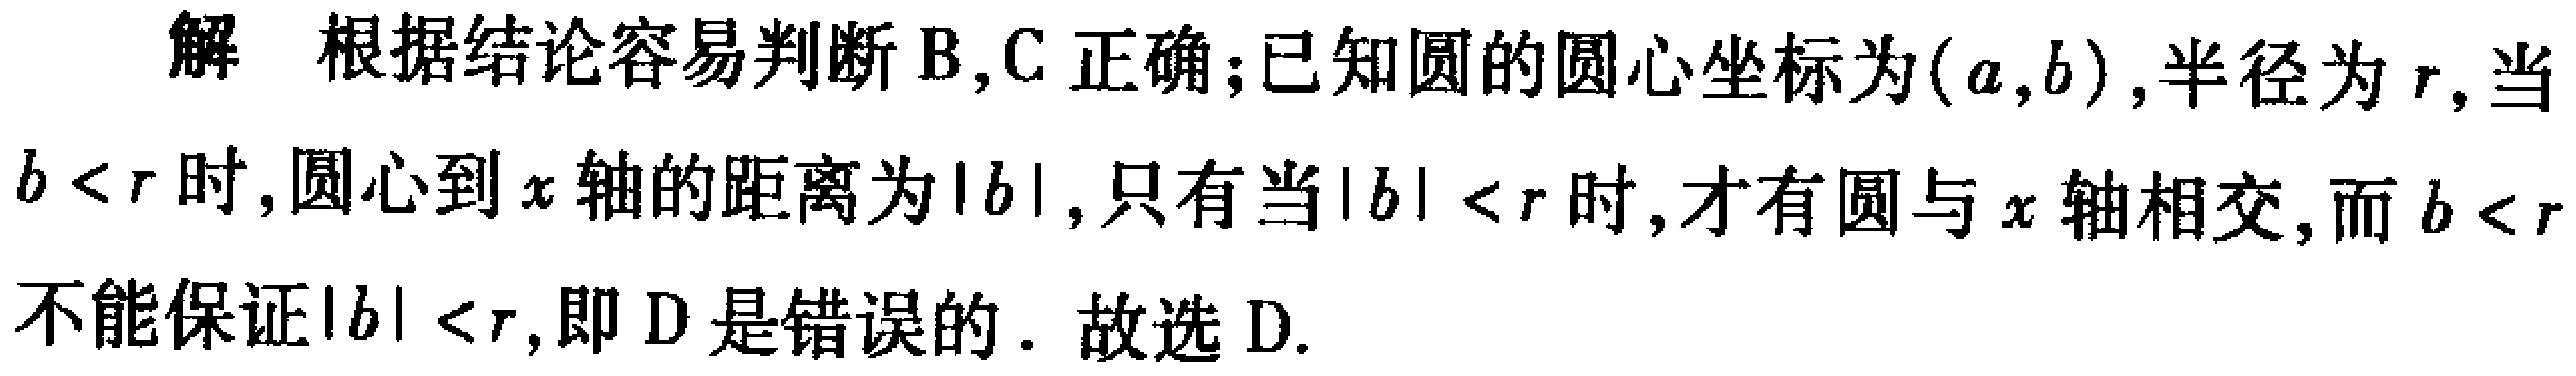
解 根据结论容易判断B,C正确;已知圆的圆心坐标为\((a,b)\),半径为\(r\),当\(b < r\)时,圆心到\(x\)轴的距离为\(\vert b\vert\),只有当\(\vert b\vert < r\)时,才有圆与\(x\)轴相交,而\(b < r\)不能保证\(\vert b\vert < r\),即D是错误的. 故选D.